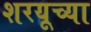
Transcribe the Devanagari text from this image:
शरयूच्या